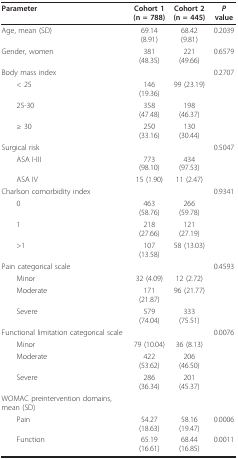
| Parameter | Cohort 1(n = 788) | Cohort 2(n = 445) | P value |
 | --- | --- | --- | --- |
 | Age, mean (SD) | 69.14 (8.91) | 68.42 (9.81) | 0.2039 |
 | Gender, women | 381 (48.35) | 221 (49.66) | 0.6579 |
 | Body mass index |  |  | 0.2707 |
 | < 25 | 146 (19.36) | 99 (23.19) |  |
 | 25-30 | 358 (47.48) | 198 (46.37) |  |
 | ≥ 30 | 250 (33.16) | 130 (30.44) |  |
 | Surgical risk |  |  | 0.5047 |
 | ASA I-III | 773 (98.10) | 434 (97.53) |  |
 | ASA IV | 15 (1.90) | 11 (2.47) |  |
 | Charlson comorbidity index |  |  | 0.9341 |
 | 0 | 463 (58.76) | 266 (59.78) |  |
 | 1 | 218 (27.66) | 121 (27.19) |  |
 | >1 | 107 (13.58) | 58 (13.03) |  |
 | Pain categorical scale |  |  | 0.4593 |
 | Minor | 32 (4.09) | 12 (2.72) |  |
 | Moderate | 171 (21.87) | 96 (21.77) |  |
 | Severe | 579 (74.04) | 333 (75.51) |  |
 | Functional limitation categorical scale |  |  | 0.0076 |
 | Minor | 79 (10.04) | 36 (8.13) |  |
 | Moderate | 422 (53.62) | 206 (46.50) |  |
 | Severe | 286 (36.34) | 201 (45.37) |  |
 | WOMAC preintervention domains, mean (SD) |  |  |  |
 | Pain | 54.27 (18.63) | 58.16 (19.47) | 0.0006 |
 | Function | 65.19 (16.61) | 68.44 (16.85) | 0.0011 |